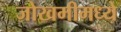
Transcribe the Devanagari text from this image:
जोखमीमध्ये